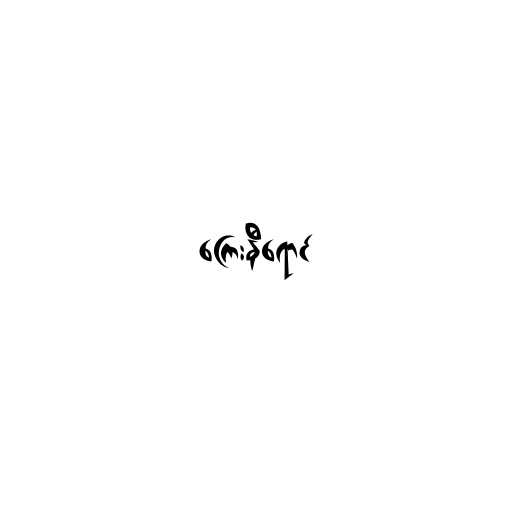
ကြေးနီရောင်